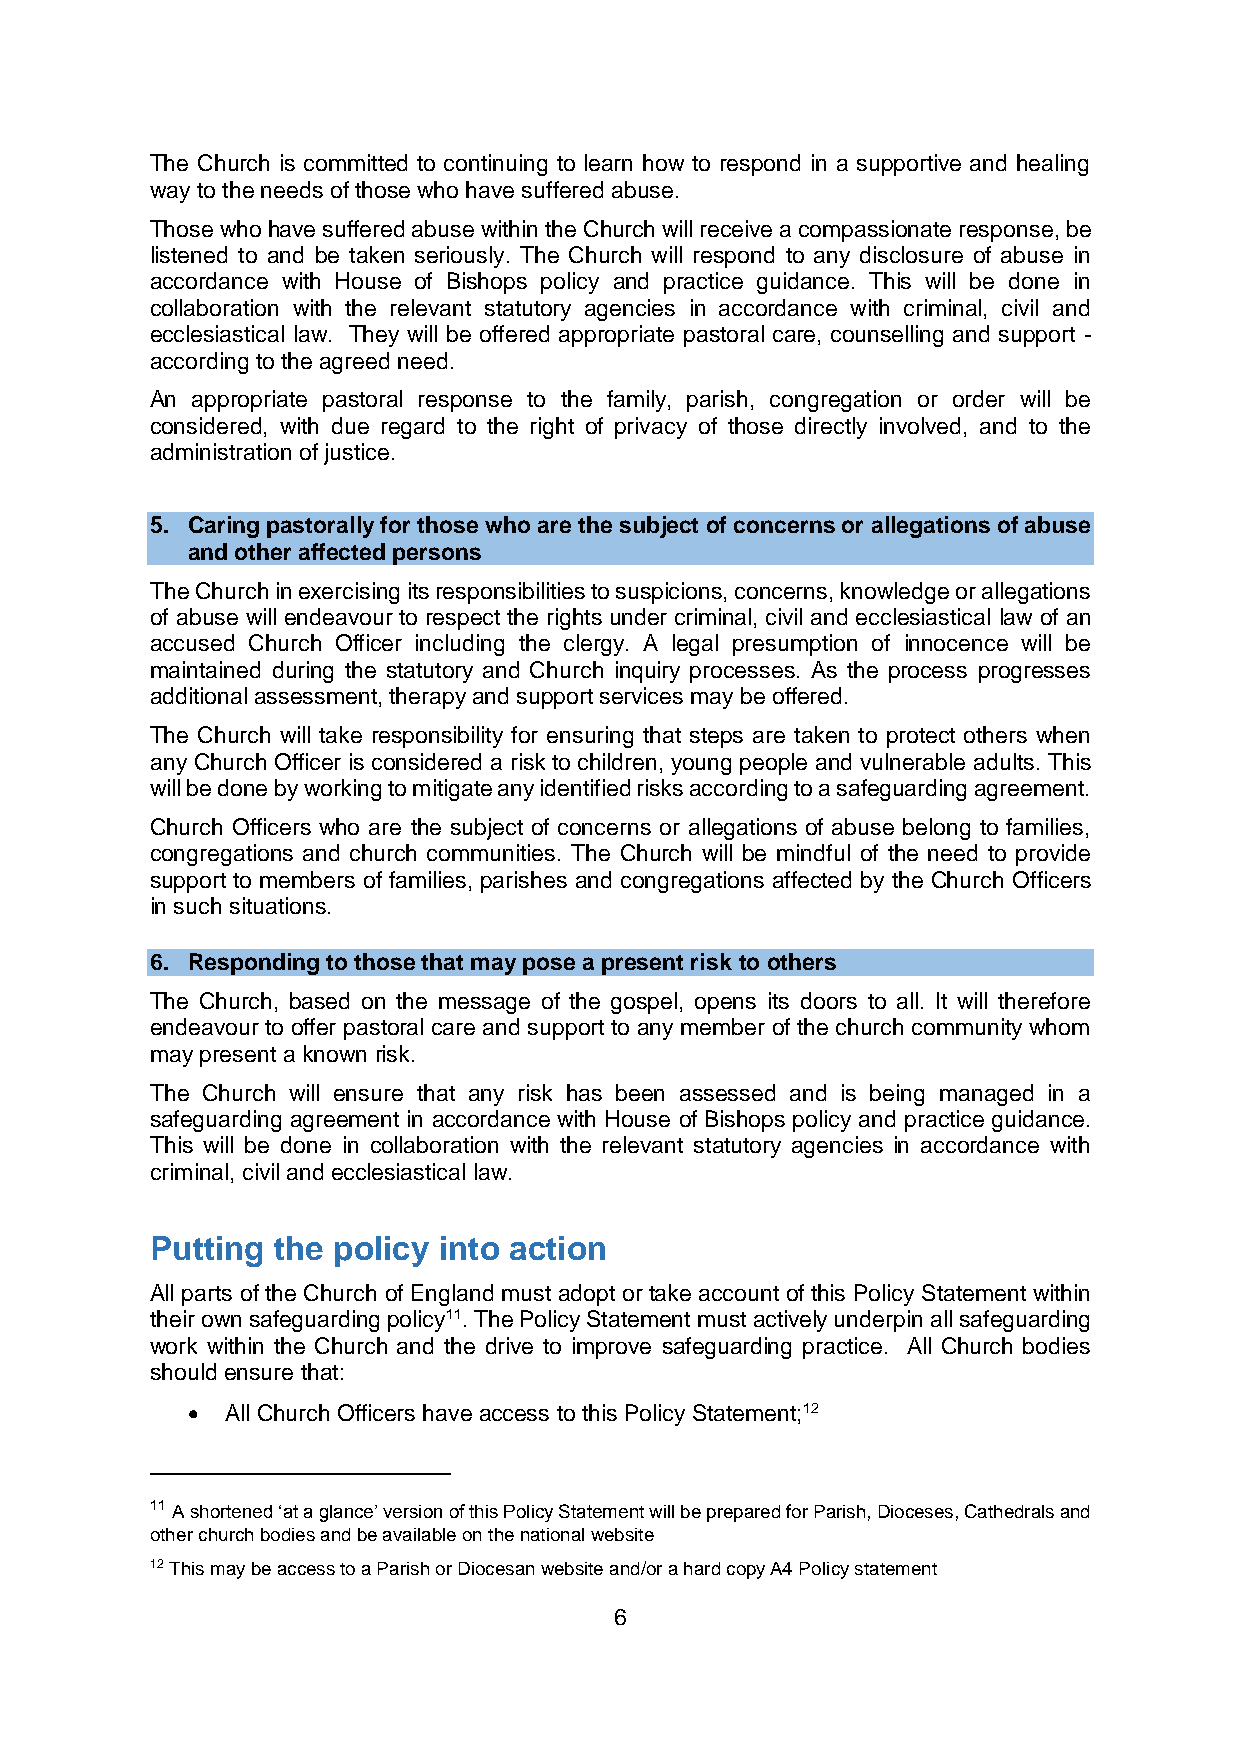
The Church is committed to continuing to learn how to respond in a supportive and healing
 way to the needs of those who have suffered abuse.
 Those who have suffered abuse within the Church will receive a compassionate response, be
 listened to and be taken seriously. The Church will respond to any disclosure of abuse in
 accordance with House of Bishops policy and practice guidance. This will be done in
 collaboration with the relevant statutory agencies in accordance with criminal, civil and
 ecclesiastical law. They will be offered appropriate pastoral care, counselling and support -
 according to the agreed need.
 An appropriate pastoral response to the family, parish, congregation or order will be
 considered, with due regard to the right of privacy of those directly involved, and to the
 administration of justice.
 5. Caring pastorally for those who are the subject of concerns or allegations of abuse
 and other affected persons
 The Church in exercising its responsibilities to suspicions, concerns, knowledge or allegations
 of abuse will endeavour to respect the rights under criminal, civil and ecclesiastical law of an
 accused Church Officer including the clergy. A legal presumption of innocence will be
 maintained during the statutory and Church inquiry processes. As the process progresses
 additional assessment, therapy and support services may be offered.
 The Church will take responsibility for ensuring that steps are taken to protect others when
 any Church Officer is considered a risk to children, young people and vulnerable adults. This
 will be done by working to mitigate any identified risks according to a safeguarding agreement.
 Church Officers who are the subject of concerns or allegations of abuse belong to families,
 congregations and church communities. The Church will be mindful of the need to provide
 support to members of families, parishes and congregations affected by the Church Officers
 in such situations.
 6. Responding to those that may pose a present risk to others
 The Church, based on the message of the gospel, opens its doors to all. It will therefore
 endeavour to offer pastoral care and support to any member of the church community whom
 may present a known risk.
 The Church will ensure that any risk has been assessed and is being managed in a
 safeguarding agreement in accordance with House of Bishops policy and practice guidance.
 This will be done in collaboration with the relevant statutory agencies in accordance with
 criminal, civil and ecclesiastical law.
 Putting the policy into action
 All parts of the Church of England must adopt or take account of this Policy Statement within
 their own safeguarding policy11. The Policy Statement must actively underpin all safeguarding
 work within the Church and the drive to improve safeguarding practice. All Church bodies
 should ensure that:
   All Church Officers have access to this Policy Statement;12
 11 A shortened ‘at a glance’ version of this Policy Statement will be prepared for Parish, Dioceses, Cathedrals and
 other church bodies and be available on the national website
 12 This may be access to a Parish or Diocesan website and/or a hard copy A4 Policy statement
 6